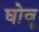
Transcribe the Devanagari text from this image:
घोवू